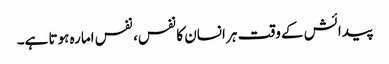
پیدائش کے وقت ہر انسان کا نفس، نفس امارہ ہوتا ہے۔